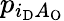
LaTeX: p_{i_{\mathrm{D}}A_{\mathrm{O}}}